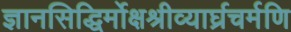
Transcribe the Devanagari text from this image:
ज्ञानसिद्धिर्मोक्षश्रीव्यार्घ्रचर्मणि